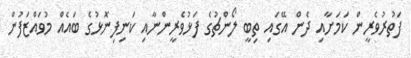
ފަތުރުވެރީން ކަމަށާއި ދެން އޭގައި ތިބީ ލޯންޗުގެ ފަޅުވެރީންނާއި ކަނިފިނޮޅުގެ ބައެއް މުވައްޒަފުން